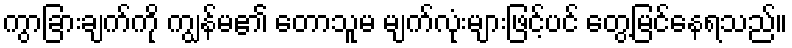
ကွာခြားချက်ကို ကျွန်မ၏ တောသူမ မျက်လုံးများဖြင့်ပင် တွေ့မြင်နေရသည်။